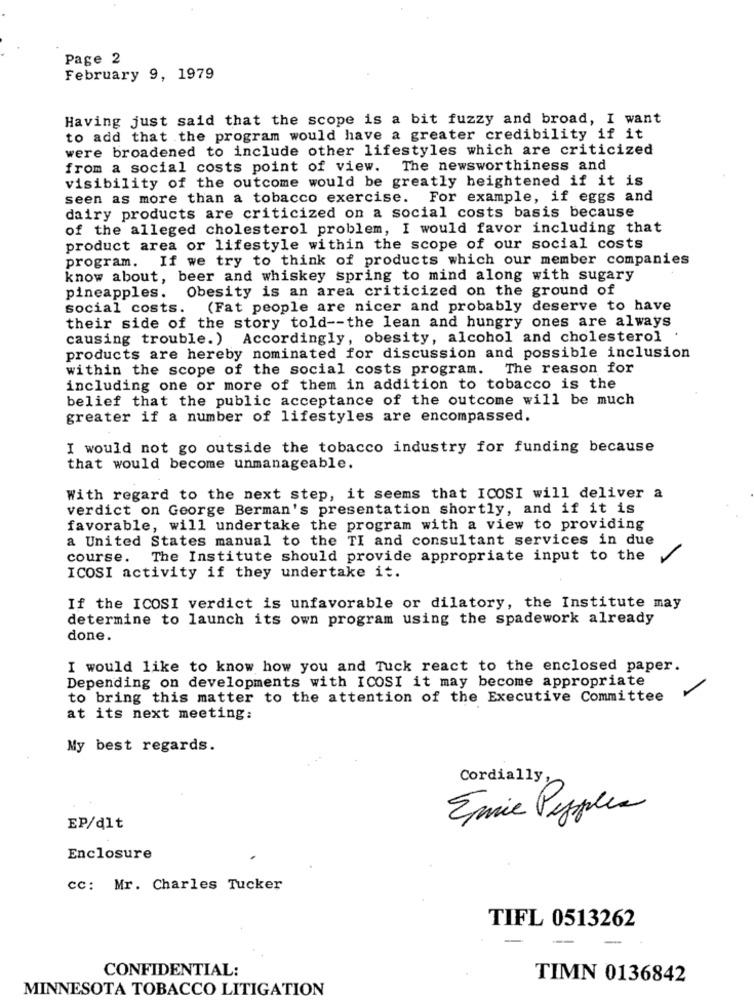
Page 2
February 9, 1979
Having just said that the scope is a bit fuzzy and broad, I want
to add that the program would have a greater credibility if it
were broadened to include other lifestyles which are criticized
from a social costs point of view. The newsworthiness and
visibility of the outcome would be greatly heightened if it is
seen as more than a tobacco exercise. For example, if eggs and
dairy products are criticized on a social costs basis because
of the alleged cholesterol problem, I would favor including that
product area or lifestyle within the scope of our social costs
program. If we try to think of products which our member companies
know about, beer and whiskey spring to mind along with sugary
pineapples. Obesity is an area criticized on the ground of
social costs.
(Fat people are nicer and probably deserve to have
their side of the story told -- the lean and hungry ones are always
causing trouble. ) Accordingly, obesity, alcohol and cholesterol .
products are hereby nominated for discussion and possible inclusion
within the scope of the social costs program. The reason for
including one or more of them in addition to tobacco is the
belief that the public acceptance of the outcome will be much
greater if a number of lifestyles are encompassed.
I would not go outside the tobacco industry for funding because
that would become unmanageable.
With regard to the next step, it seems that ICOSI will deliver a
verdict on George Berman's presentation shortly, and if it is
favorable, will undertake the program with a view to providing
a United States manual to the TI and consultant services in due
course. The Institute should provide appropriate input to the
ICOSI activity if they undertake it.
If the ICOSI verdict is unfavorable or dilatory, the Institute may
determine to launch its own program using the spadework already
done.
I would like to know how you and Tuck react to the enclosed paper.
Depending on developments with ICOSI it may become appropriate
to bring this matter to the attention of the Executive Committee
at its next meeting:
My best regards.
Cordially
Emine Pepples
EP/dlt
Enclosure
cc: Mr. Charles Tucker
TIFL 0513262
CONFIDENTIAL:
TIMN 0136842
MINNESOTA TOBACCO LITIGATION